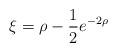
LaTeX: \begin{align*}\xi = \rho-\frac{1}{2}e^{-2\rho}\end{align*}